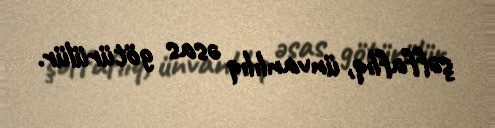
şəffaflıq, ünvanlılıq əsas götürülür.